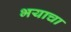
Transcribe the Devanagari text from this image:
भयाचा